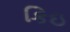
કિઇ